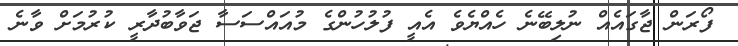
ފޯރަން ޖާގައެއް ނުލިބޭނެ ހެއްޔެވެ އެއީ ފުލުހުންގެ މުއައްސަސާ ޖަވާބުދާރީ ކުރުމަށް ވާނެ